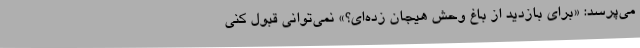
می‌پرسد: «برای بازدید از باغ وحش هیجان زده‌ای؟» نمی‌توانی قبول کنی